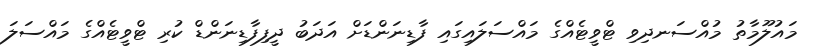
މައުލޫމާތު މުއްސަނދިވި ޓްވީޓެއްގެ މައްސަލައިގައި ފާޑިނަންޑަށް އަދަބު ދީފިފާޑިނަންޑް ކުރި ޓްވީޓެއްގެ މައްސަލަ